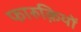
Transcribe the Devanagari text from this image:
फारुक़ियों